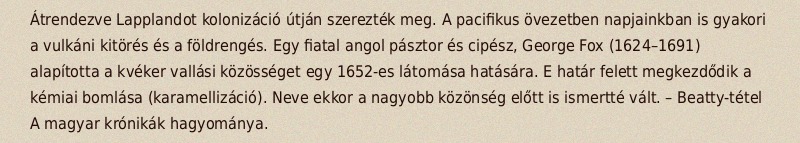
Átrendezve Lapplandot kolonizáció útján szerezték meg. A pacifikus övezetben napjainkban is gyakori a vulkáni kitörés és a földrengés. Egy fiatal angol pásztor és cipész, George Fox (1624–1691) alapította a kvéker vallási közösséget egy 1652-es látomása hatására. E határ felett megkezdődik a kémiai bomlása (karamellizáció). Neve ekkor a nagyobb közönség előtt is ismertté vált. – Beatty-tétel A magyar krónikák hagyománya.